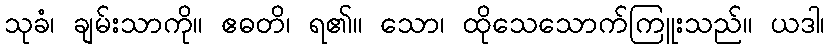
သုခံ၊ ချမ်းသာကို။ ဧဓတိ၊ ရ၏။ သော၊ ထိုသေသောက်ကြူးသည်။ ယဒါ၊